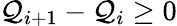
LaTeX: \mathcal{Q}_{i+1}-\mathcal{Q}_{i}\ge0